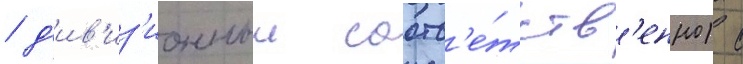
/ д'ив'из'ионныи соотв'е́тств'енно) с